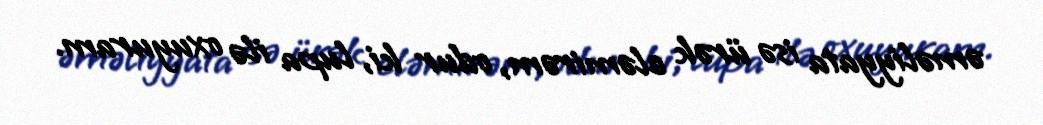
əməliyyata isə ürək eləmirəm, odur ki, lupa ilə oxuyuram.